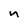
Character: n